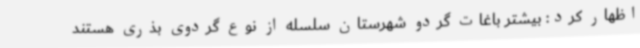
اظهار کرد: بیشتر باغات گردو شهرستان سلسله از نوع گردوی بذری هستند